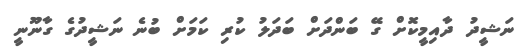
ނަޝީދު ދާއިމީކޮށް ގޭ ބަންދަށް ބަދަލު ކުރި ކަމަށް ބުނެ ނަޝީދުގެ ގާނޫނީ